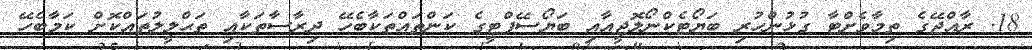
18. ރާއްޖޭގެ ތިމާވެށްޓާ ގުޅުންހުރި ބަޔޯޓެކްނޯލޮޖީއާއި ބަޔޯސޭފްޓީގެ ކަންތައްތަކާބެހޭ ދިރާސާތަކާއި ތަޙްލީލުތައްކޮށް ކަމާބެހޭ